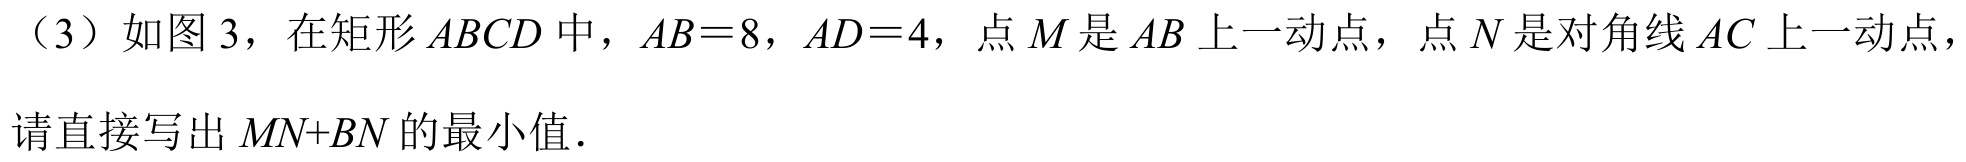
（3）如图3，在矩形\(ABCD\)中，\(AB = 8\)，\(AD = 4\)，点\(M\)是\(AB\)上一动点，点\(N\)是对角线\(AC\)上一动点，
请直接写出\(MN + BN\)的最小值.